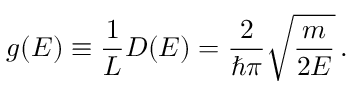
g ( E ) \equiv { \frac { 1 } { L } } D ( E ) = { \frac { 2 } { \hbar \pi } } { \sqrt { \frac { m } { 2 E } } } \, .